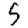
Digit: 5